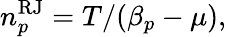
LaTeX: n_{p}^{\mathrm{RJ}}=T/(\beta_{p}-\mu),